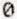
0